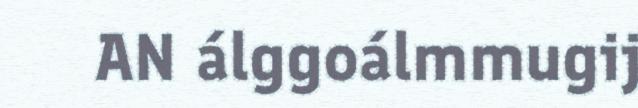
AN álggoálmmugij